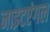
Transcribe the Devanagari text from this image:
नाइटएंगल